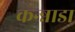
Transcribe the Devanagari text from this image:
कन्न्नाडा